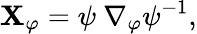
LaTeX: \mathbf{X}_{\varphi}=\psi\ \nabla_{\varphi}\psi^{-1},